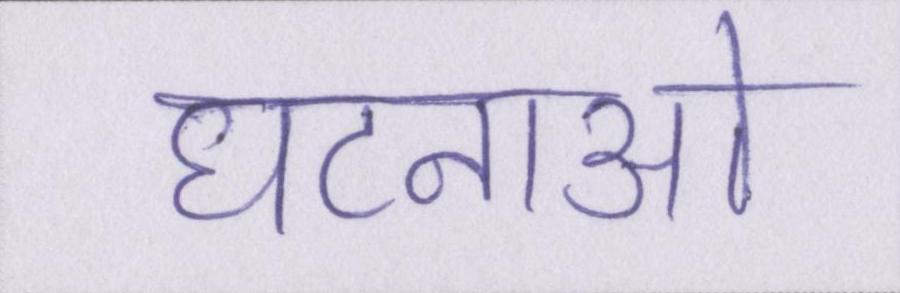
घटनाओ